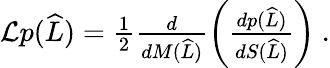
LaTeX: \begin{array}{r}{\mathcal{L}p(\widehat{L})=\frac{1}{2}\frac{d}{dM(\widehat{L})}\left(\frac{dp(\widehat{L})}{dS(\widehat{L})}\right)\ .}\end{array}